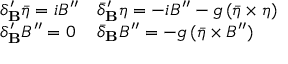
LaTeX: \begin{array} { l l } { { \displaystyle \delta _ { \bf B } ^ { \prime } \bar { \eta } = i B ^ { \prime \prime } } } & { { \displaystyle \bar { \delta } _ { \bf B } ^ { \prime } \eta = - i B ^ { \prime \prime } - g \, ( \bar { \eta } \times \eta ) } } \\ { { \displaystyle \delta _ { \bf B } ^ { \prime } B ^ { \prime \prime } = 0 } } & { { \displaystyle \bar { \delta } _ { \bf B } B ^ { \prime \prime } = - g \, ( \bar { \eta } \times B ^ { \prime \prime } ) } } \end{array}